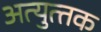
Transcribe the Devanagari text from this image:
अत्‍युत्‍तक